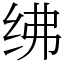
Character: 绋